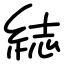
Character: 綕